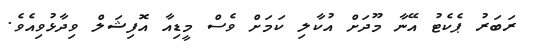
ރަބަރު ޕެކެޓު އޭނާ މޫދަށް އުކާލި ކަމަށް ވެސް މީޑިއާ އޮފިޝަލް ވިދާޅުވިއެވެ.